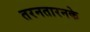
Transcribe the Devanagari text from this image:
तरनतारनके